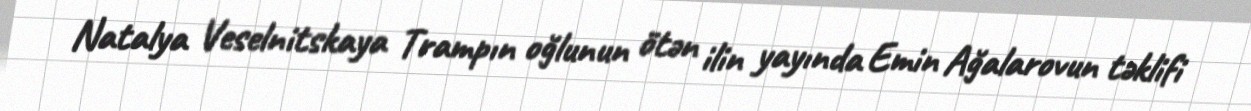
Natalya Veselnitskaya Trampın oğlunun ötən ilin yayında Emin Ağalarovun təklifi